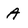
Character: A